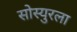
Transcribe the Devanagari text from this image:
सोस्युरला